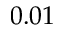
0 . 0 1